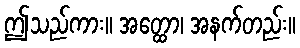
ဤသည်ကား။ အတ္ထော၊ အနက်တည်း။